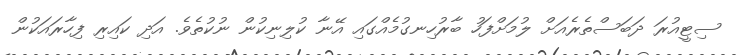
ސިޓީއުރަ ދަބަސްތެރެއަށް ލުމަށްފަހު ބާރުހިނގުމެއްގައި އޭނާ ކުލިނިކުން ނުކުތެވެ. އަދި ކައިރި ފިހާރައަކުން